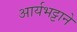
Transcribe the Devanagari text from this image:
आर्यभट्टाने